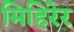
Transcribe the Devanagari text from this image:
मिहिरेर